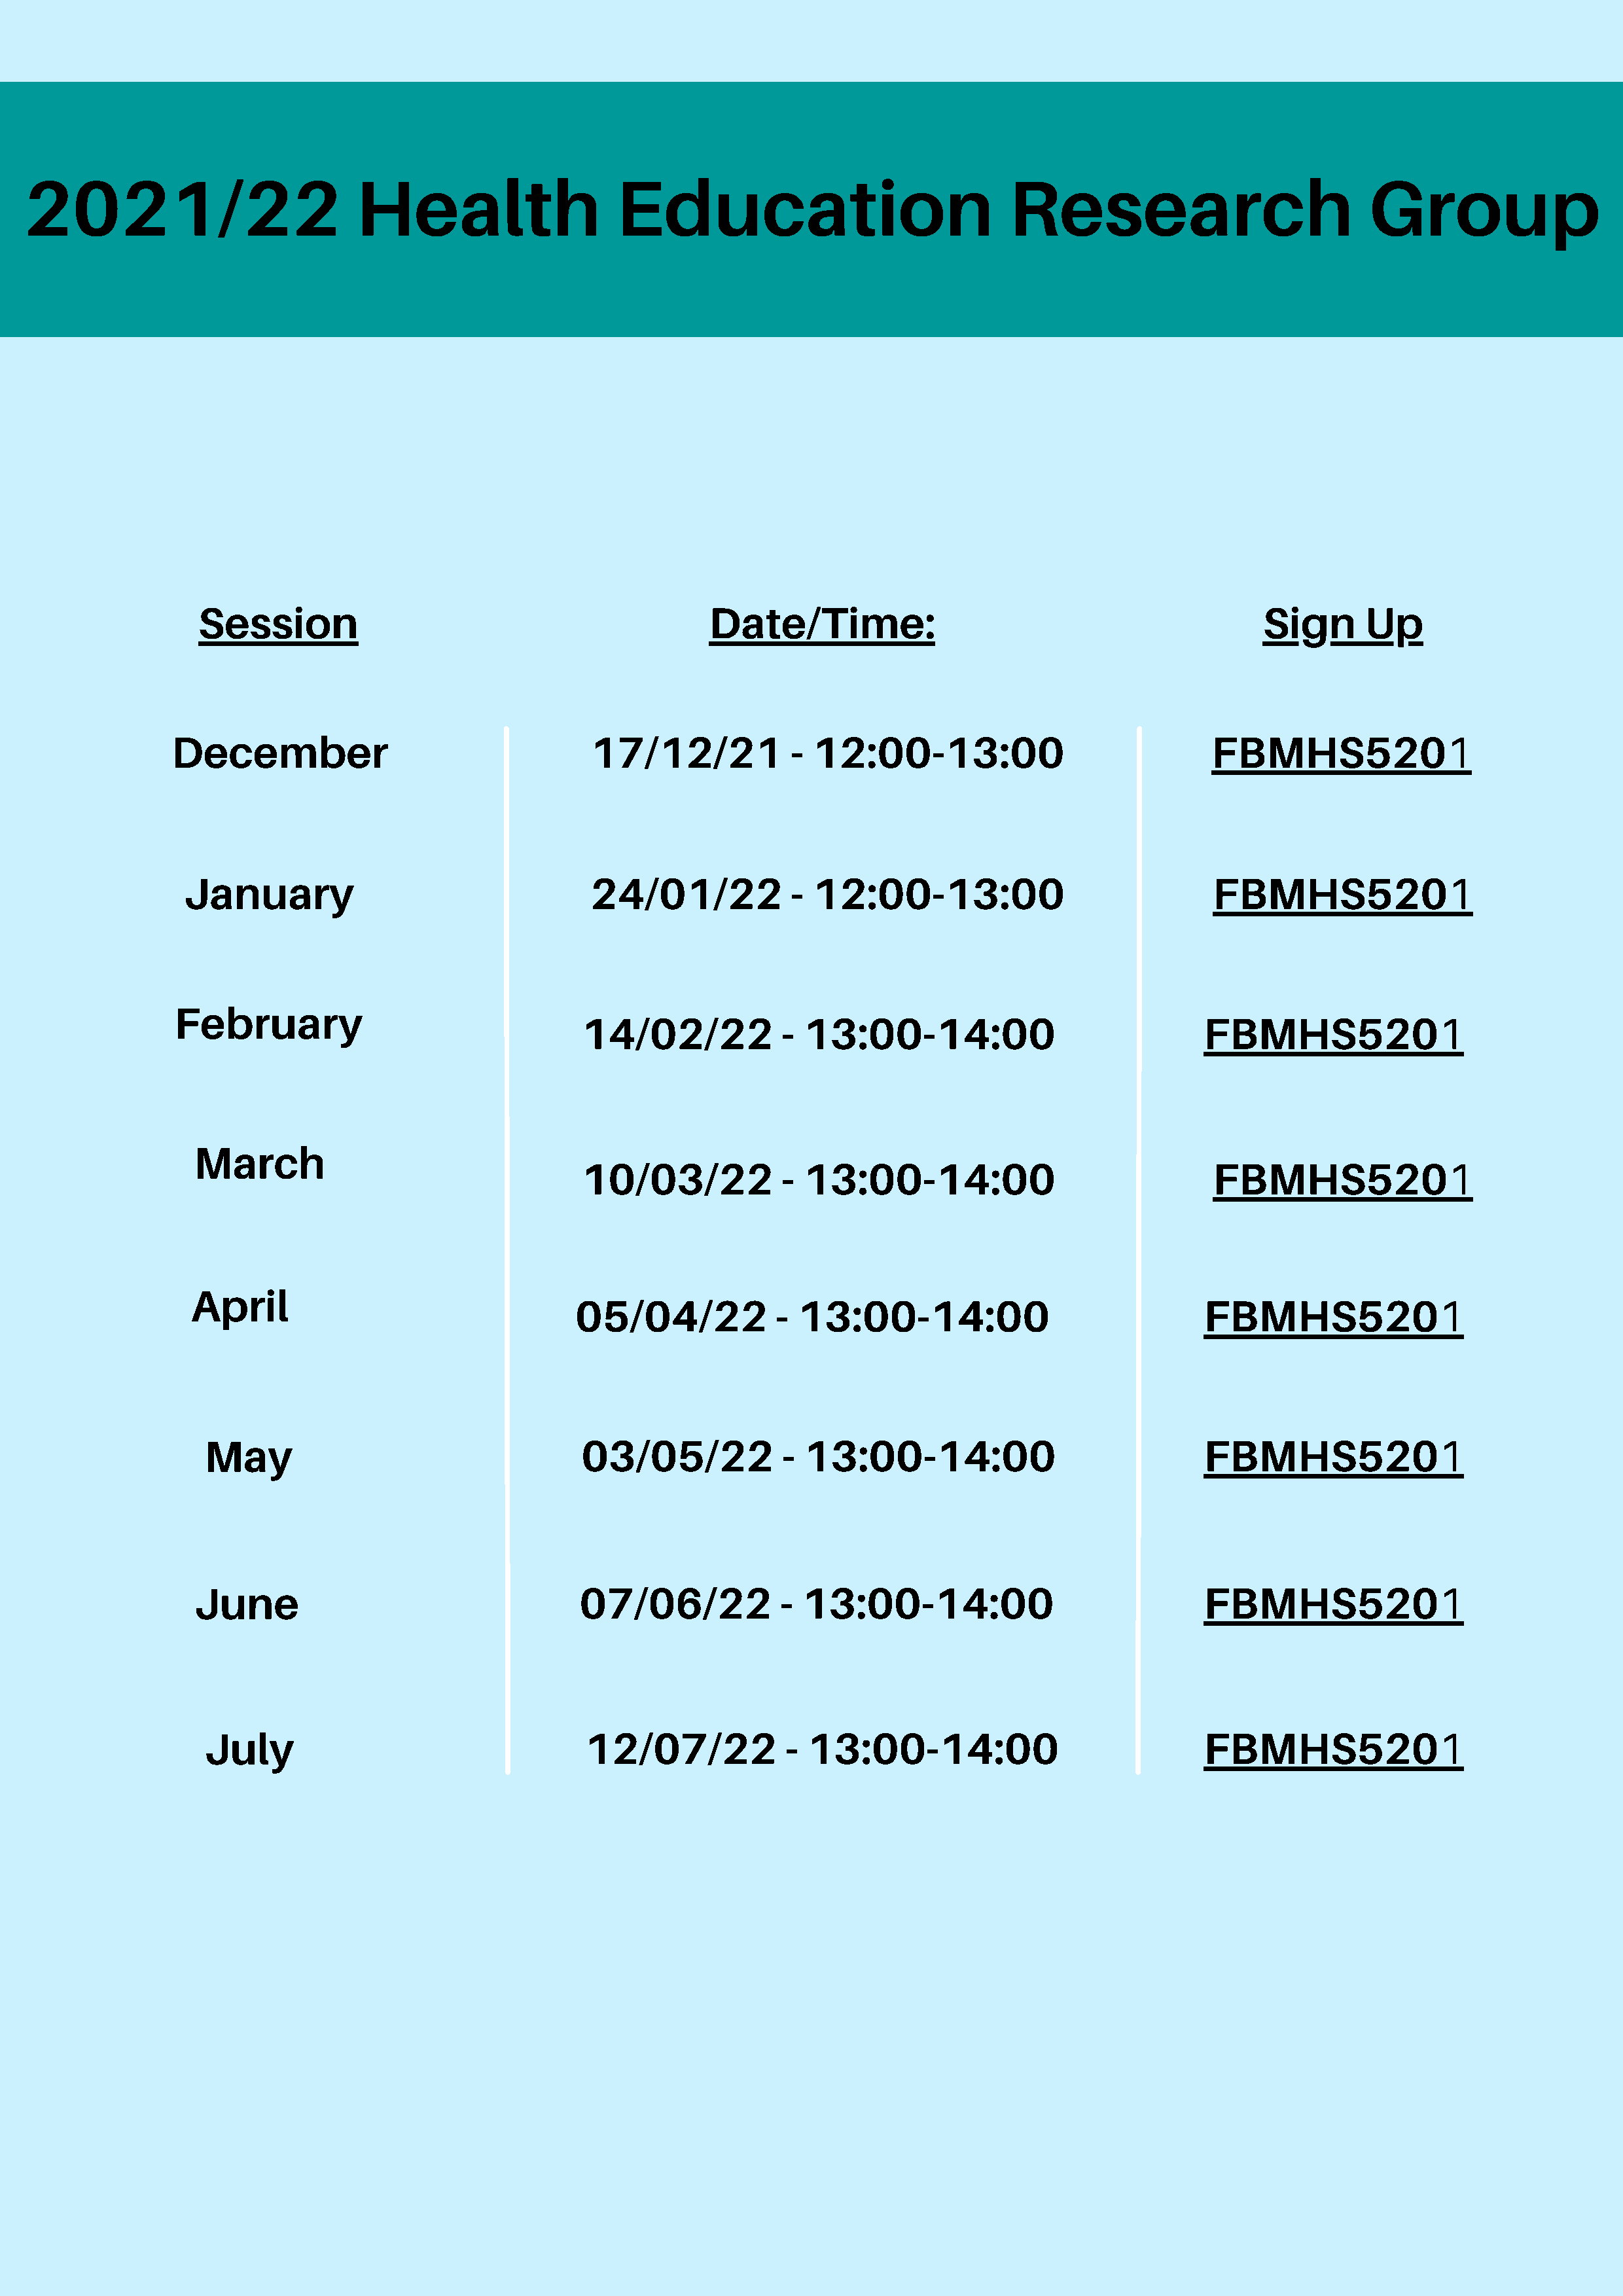
2021/22                           Health                    Education                               Research                            Group
 Session                                             Date/Time:                                              Sign      Up
 1
 December                                   17/12/21            - 12:00-13:00                              FBMHS520
 1
 January                                  24/01/22            - 12:00-13:00                              FBMHS520
 February                                                                                                                        1
 14/02/22            - 13:00-14:00                              FBMHS520
 March
 1
 10/03/22            - 13:00-14:00                               FBMHS520
 April                                                                                                                          1
 05/04/22            -  13:00-14:00                              FBMHS520
 1
 May                                   03/05/22            - 13:00-14:00                              FBMHS520
 1
 June                                   07/06/22            - 13:00-14:00                              FBMHS520
 1
 July                                  12/07/22            -  13:00-14:00                             FBMHS520